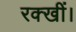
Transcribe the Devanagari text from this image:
रक्खीं।